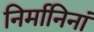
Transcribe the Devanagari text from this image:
निर्मानिनां